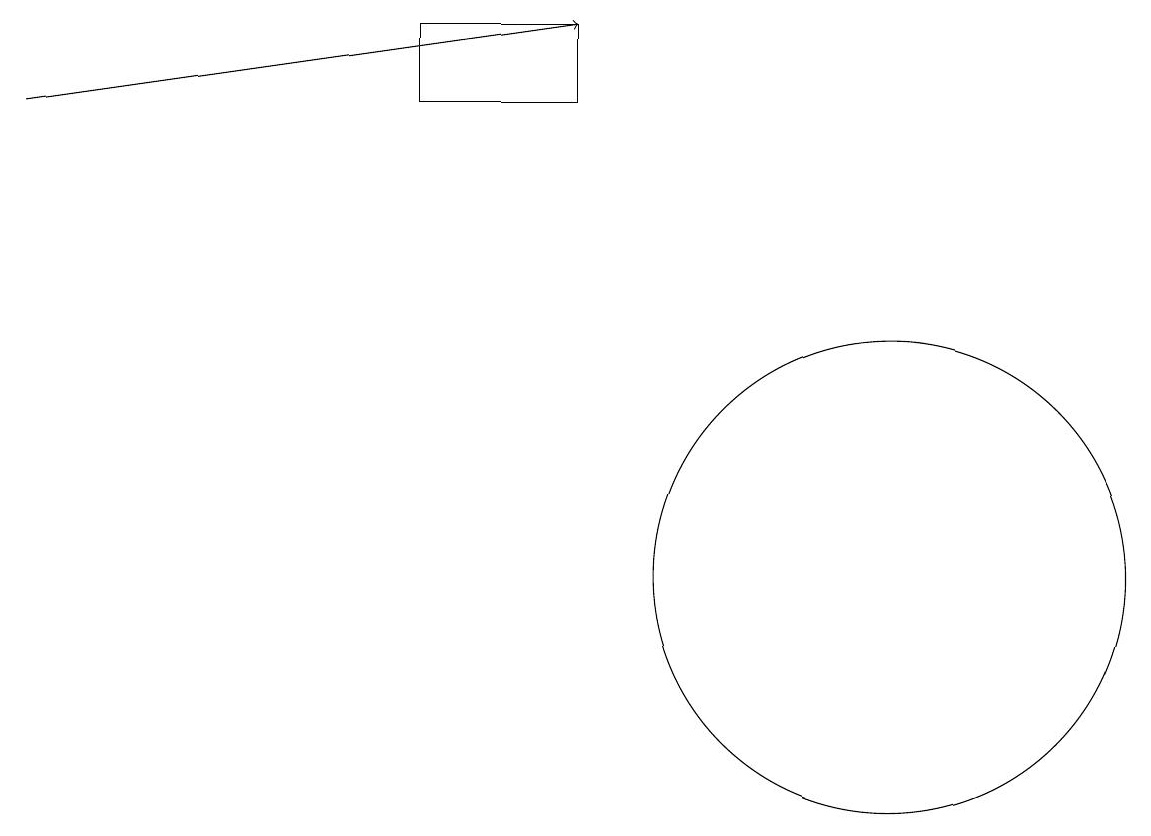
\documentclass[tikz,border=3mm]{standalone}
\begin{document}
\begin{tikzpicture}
\draw (7,17) rectangle (5,16);
\draw (11,10) circle (3);
\draw[->] (0,16) -- (7,17);
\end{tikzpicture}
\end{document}